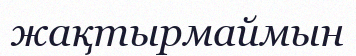
жақтырмаймын